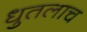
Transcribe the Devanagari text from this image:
धुतलाच